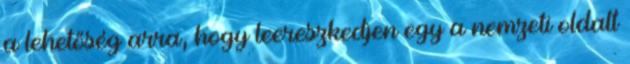
a lehetőség arra, hogy leereszkedjen egy a nemzeti oldalt